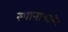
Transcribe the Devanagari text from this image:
स्थानाबाहेर